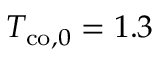
T _ { \mathrm { c o } , 0 } = 1 . 3